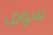
سوف